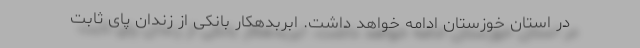
در استان خوزستان ادامه خواهد داشت. ابربدهکار بانکی از زندان پای ثابت